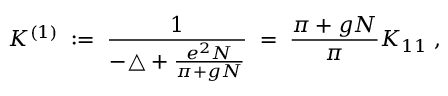
K ^ { ( 1 ) } \; : = \; \frac { 1 } { - \triangle + \frac { e ^ { 2 } N } { \pi + g N } } \; = \; \frac { \pi + g N } { \pi } K _ { 1 1 } \; ,